Civil Veterinary Dept. Bombay admin report 1907-1913 - 1907-1913
Year: 1907
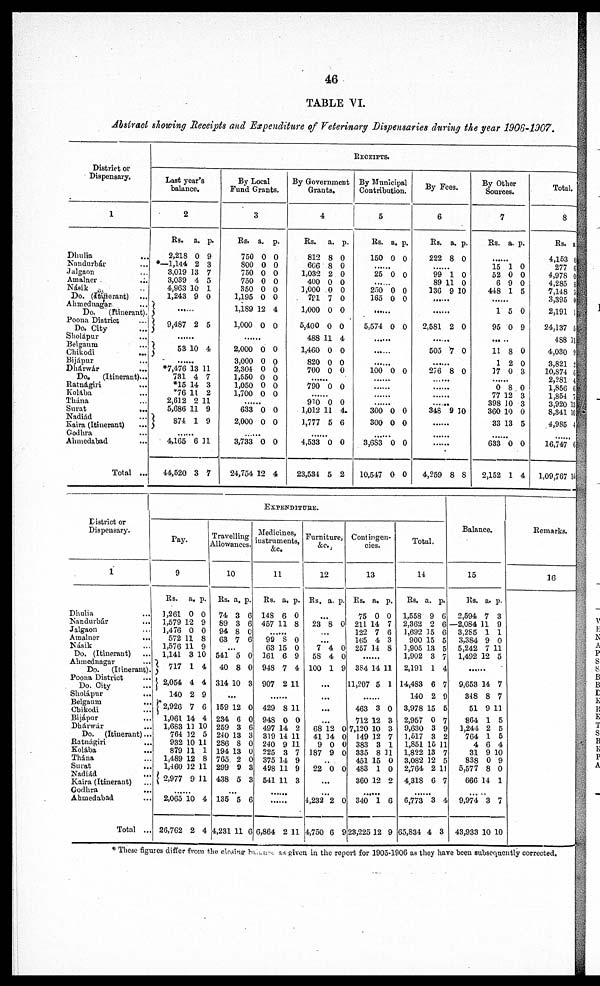
46
TABLE VI.
Abstract showing Receipts and Expenditure of Veterinary Dispensaries during the year 1906-1907.
District or
Dispensary.
1
Dhulia ...
Nundurbár ...
Jalgaon ...
Amalner
...
Násik ...
Do. (Itinerant) ...
Ahmednagar ...
Do.
(Itinerant).
Poona District ...
Do. City
Sholápur ...
Belgaum ...
Chikodi
...
Bijápur
Dhárwár
...
Do.
(Itinerant) ...
Ratnágiri
Kolába ...
Thána
Surat
...
Nadiád
Kaira (Itinerant) ...
Godhra ...
Ahmedabad ...
Total ...
RECEIPTS.
Last year's
balance.
2
Rs.
2,218
*—1,144
3,019
3,039
4,963
1,243
a.
0
2
13
4
10
9
p.
9
3
7
5
1
0
9,487 2 5
53
10 4
*7,476
731
*15
*76
2,612
5,686
874
13
4
14
11
2
11
1
11
7
3
2
11
9
9
......
4,165
44,520
6
3
11
7
By Local
Fund Grants.
3
Rs.
750
800
750
750
350
1,195
1,189
1,000
a.
0
0
0
0
0
0
12
0
p.
0
0
0
0
0
0
4
0
......
2,000
3,000
2,304
1,550
1,050
1,700
0
0
0
0 0
0
0
0
0
0
0
0
......
633
2,000
0
0
0
0
......
3,733
24,754
0
12
0
4
By Government
Grants.
4
Rs.
812
606
1,032
400
1,000
791
1,000
5,400
488
1,460
820
700
......
790
a.
8
8
2
0
0
7
0
0
11
0
0
0
0
p.
0
0
0
0
0
0
0
0
4
0
0
0
0
......
910
1,012
1,777
0
11
5
0
4.
6
......
4,533
23,534
0
5
0
2
By Municipal
Contribution.
5
Rs.
150
a.
0
p.
0
......
25 0 0
... ...
250
165
0
0
0
0
......
5,574 0 0
......
......
......
100 0 0
......
......
......
......
300
300
0
0
0
0
......
3,683
10,547
0
0
0
0
By Fees.
6
Rs.
222
a.
8
p.
0
......
99
89
136
1
11
9
0
0
10
......
......
2,581 2 0
......
505 7 0
......
276 8 0
......
......
......
......
348 9 10
......
......
......
4,259 8 8
By Other
Sources.
7
Rs. a. p.
......
15
52
6
448
1
0
9
1
0
0
0
5
......
1
95
5
0
0
9
11
1
17
8
2
0
0
0
3
......
0
77
398
360
33
8
12
10
10
13
0
3
3
0
5
......
633
2,152
0
1
0
4
Total.
8
Rs.
4,153
277
4,978
4,285
7,148
3,395
2,191
24,137
488
4,030
3,821
10,874
2,281
1,856
1,854
3,920
8,341
4,985
a.
0
0
0
8
8
0
1
5
11
9
2
6
4
6
7
13
10
4
......
16,747
1,09,767
6
16
District or
Dispensary.
1
Dhulia ...
Nandurbár ...
Jalgaon ...
Amalner ...
Násik ...
Do. (Itinerant) ...
Ahmednagar ...
Do.
(Itinerant).
Poona District ...
Do. City
Sholápur ...
Belgaum
...
Chikodi ...
Bijápur ...
Dhárwár ...
Do. (Itinerant) ...
Ratnágiri
Kolába ...
Thána ...
Surat
...
Nadiád ...
Kaira (Itinerant) ...
Godhra ...
Ahmedabad ...
Total ...
EXPENDITURE.
Pay.
9
Rs.
1,261
1,579
1,476
572
1,576
1,141
717
2,054
140
2,926
1,061
1,683
764
932
879
1,489
1,460
2,977
a.
0
12
0
11
11
3
1
4
2
7
14
11
12
10
11
12
12
9
p.
0
9
0
8
9
10
4
4
9
6
4
10
5
11
1
8
11
11
......
2,065
26,762
10
2
4
4
Travelling
Allowances.
10
Rs.
74
89
94
63
a.
3
3
8
7
p.
6
6
0
6
...
541
40
314 1
5
8
0
0
0
3
...
159
234
259
240
286
194
765
299
438
12
6
3
13
8
13
2
9
5
0
0
6
3
0
0
0
3
3
...
135
4,231
5
11
6
6
Medicines
instruments,
&c.,
11
Rs.
148
457
a,
6
11
p.
0
8
.........
99
63
161
948
907
8
15
6
7
2
0
0
9
4
11
......
429
948
497
319
240
225
375
498
541
8
0
14
14
9
3
14
11
11
11
0
2
11
11
7
9
9
3
......
......
6,864 2 11
Furniture,
&C.,
12
Rs. a. p.
23 8 0
......
...
7
58
100
4
4
1
0
0
9
...
...
...
...
68
41
9
187
12
14
0
9
0
0
0
0
...
22 0 0
...
...
4,232
4,750
2
6
0
9
Contingen-
cies.
13
Rs.
75
211
122
165
257
a.
0
14
7
4
14
p.
0
7
6
3
8
......
384
11,207
14
5
11
1
......
463
712
7,120
149
383
335
451
483
360
3
12
10
12
3
8
15
1
12
0
3
3
7
1
11
0
0
2
......
340
23,225
1
12
6
9
Total.
14
Rs.
1,558
2,362
1,692
900
3,905
1,902
2,191
14,483
140
3,978
2,957
9,630
1,517
1,851
1,822
3,082
2,764
4,318
a.
9
2
15
15
13
3
1
6
2
15
0
3
3
15
13
12
2
6
p.
6
6
6
5
5
7
4
7
9
5
7
9
2
11
7
5
11
7
.
6,773
65,834
3
4
4
3
Balance.
15
Rs.
2,594
—2,084
3,285
3,384
5,242
1,492
a.
7
11
1
9
7
12
p.
3
9
1
0
11
5
......
9,653
348
51
864
1,244
764
4
31
838
5,577
666
14
8
9
1
2
1
6
9
0
8
14
7
7
11
5
5
5
4
10
9
0
1
.
9,974
43,933
3
10
7
10
Remarks.
16
* These figures differ from the closing balance as given in the report for 1905-1906 as they have been subsequently corrected.